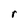
Character: r